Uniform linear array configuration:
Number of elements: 4
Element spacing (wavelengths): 1
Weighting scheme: hamming
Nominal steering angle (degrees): -60
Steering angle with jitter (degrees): -60.847
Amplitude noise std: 0.05
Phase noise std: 0.05

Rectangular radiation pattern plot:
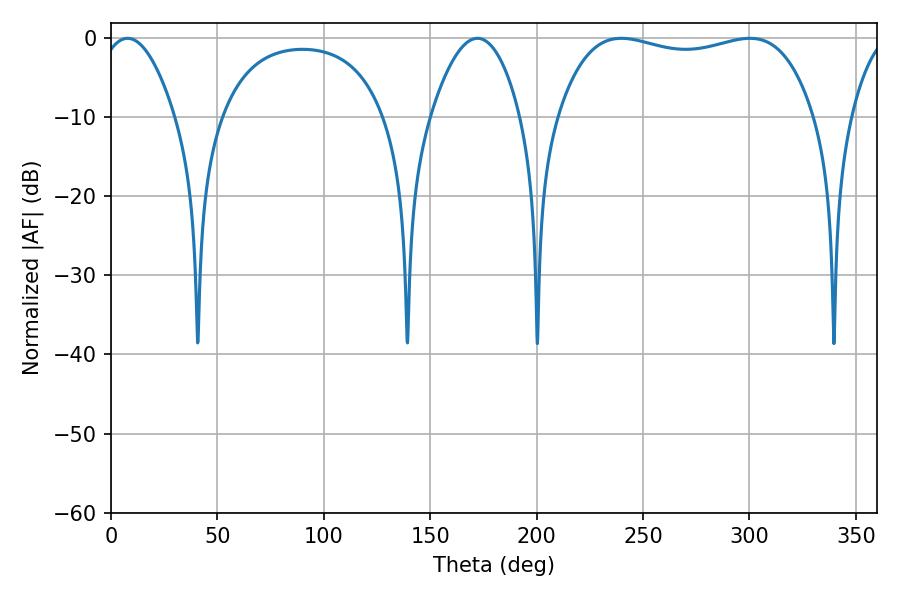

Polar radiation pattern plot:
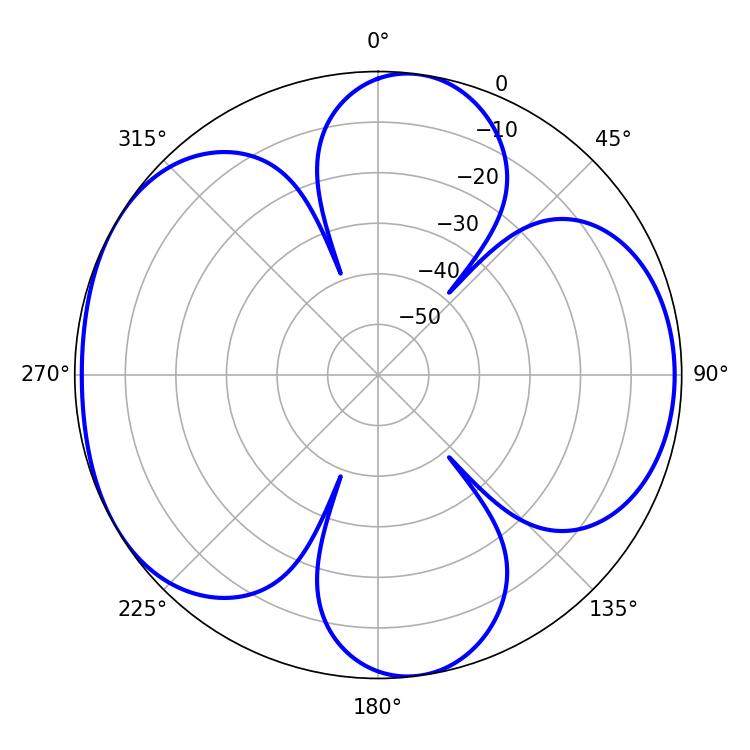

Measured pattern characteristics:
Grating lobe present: TRUE
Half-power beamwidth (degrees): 97.2
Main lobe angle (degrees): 300.24